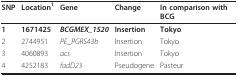
<table><thead><tr><td><b>SNP</b></td><td><b>Location<sup>1</sup></b></td><td><b>Gene</b></td><td><b>Change</b></td><td><b>In comparison with BCG</b></td></tr></thead><tbody><tr><td><b>1</b></td><td><b>1671425</b></td><td><b><i>BCGMEX_1520</i></b></td><td><b>Insertion</b></td><td><b>Tokyo</b></td></tr><tr><td>2</td><td>2744951</td><td><i>PE_PGRS43b</i></td><td>Insertion</td><td>Tokyo</td></tr><tr><td>3</td><td>4060893</td><td><i>acs</i></td><td>Insertion</td><td>Tokyo</td></tr><tr><td>4</td><td>4252183</td><td><i>fadD23</i></td><td>Pseudogene</td><td>Pasteur</td></tr></tbody></table>